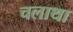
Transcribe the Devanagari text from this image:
चलाथा